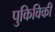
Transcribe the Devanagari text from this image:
पुकिविकी